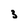
Character: 3